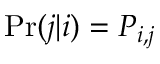
\Pr ( j | i ) = P _ { i , j }